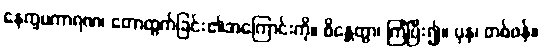
နေက္ခမကာရဏ၊ တောထွက်ခြင်း၏အကြောင်းကို။ စိန္တေတွာ၊ ကြံပြီး၍။ ပုန၊ တစ်ဖန်။